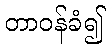
တာဝန်ခံ၍